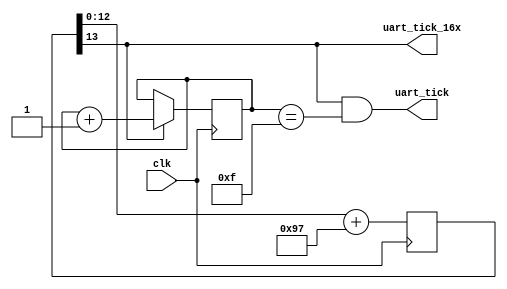
//==================================================================================================
//  Revision      : 1.0
//  Company       : Universidad Simn Bolvar
//
//  Description   : Clk divider. Generates the synchronous pulses for 115200 baud (Tx and Rx)
//
//
//
//==================================================================================================

module uart_clock#(
    parameter BUS_FREQ = 100                    // Bus frequency (MHz)
    )(
    input   clk,
    output  uart_tick,
    output  uart_tick_16x
    );

    //--------------------------------------------------------------------------
    // Localparams
    //--------------------------------------------------------------------------
    localparam integer INCREMENT    = 151;                                        // Increment
    localparam real    COUNT_RANGE  = (((BUS_FREQ*1000000)/115200)*INCREMENT)/16; // Max counter range for Rx.
    localparam integer RANGE        = (COUNT_RANGE <= 1 << 1)  ? 1  :
                                      (COUNT_RANGE <= 1 << 2)  ? 2  :
                                      (COUNT_RANGE <= 1 << 3)  ? 3  :
                                      (COUNT_RANGE <= 1 << 4)  ? 4  :
                                      (COUNT_RANGE <= 1 << 5)  ? 5  :
                                      (COUNT_RANGE <= 1 << 6)  ? 6  :
                                      (COUNT_RANGE <= 1 << 7)  ? 7  :
                                      (COUNT_RANGE <= 1 << 8)  ? 8  :
                                      (COUNT_RANGE <= 1 << 9)  ? 9  :
                                      (COUNT_RANGE <= 1 << 10) ? 10 :
                                      (COUNT_RANGE <= 1 << 11) ? 11 :
                                      (COUNT_RANGE <= 1 << 12) ? 12 :
                                      (COUNT_RANGE <= 1 << 13) ? 13 :
                                      (COUNT_RANGE <= 1 << 14) ? 14 :
                                      (COUNT_RANGE <= 1 << 15) ? 15 :
                                      (COUNT_RANGE <= 1 << 16) ? 16 :
                                      (COUNT_RANGE <= 1 << 17) ? 17 :
                                      (COUNT_RANGE <= 1 << 18) ? 18 :
                                      (COUNT_RANGE <= 1 << 19) ? 19 : 20;

    //--------------------------------------------------------------------------
    // Generate the Rx tick
    //--------------------------------------------------------------------------
    reg [RANGE : 0] accumulator = 0;

    always @(posedge clk) begin
        accumulator <= accumulator[RANGE - 1 : 0] + INCREMENT; // Use Range - 1 bits ONLY, so we can use the MSB as the tick

    end
    assign uart_tick_16x = accumulator[RANGE];

    //--------------------------------------------------------------------------
    // Generate the Tx tick
    // Tx = Rx/16
    //--------------------------------------------------------------------------
    reg [3:0] uart_16x_count = 4'h0;
    always @(posedge clk) begin
        uart_16x_count <= (uart_tick_16x) ? uart_16x_count + 4'b1 : uart_16x_count;
    end
    assign uart_tick = (uart_tick_16x==1'b1 && (uart_16x_count == 4'b1111));
endmodule